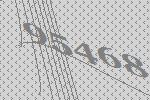
95468